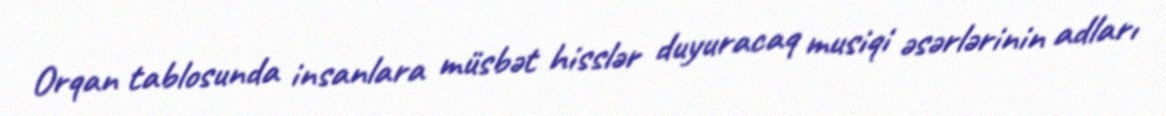
Orqan tablosunda insanlara müsbət hisslər duyuracaq musiqi əsərlərinin adları